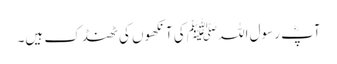
آپؓ رسول اللہﷺ کی آنکھوں کی ٹھنڈک ہیں۔